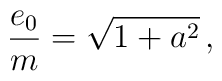
\frac{e_0}{m} = \sqrt{1 + a^2}\, ,